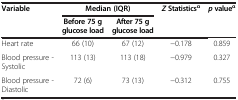
| <ROWSPAN=2> Variable | <COLSPAN=2> Median (IQR) | <ROWSPAN=2> Z Statisticsα | <ROWSPAN=2> p valueα |
 | Before 75 g glucose load | After 75 g glucose load |
 | --- | --- | --- | --- | --- |
 | Heart rate | 66 (10) | 67 (12) | −0.178 | 0.859 |
 | Blood pressure - Systolic | 113 (13) | 113 (18) | −0.979 | 0.327 |
 | Blood pressure - Diastolic | 72 (6) | 73 (13) | −0.312 | 0.755 |